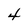
Character: 4